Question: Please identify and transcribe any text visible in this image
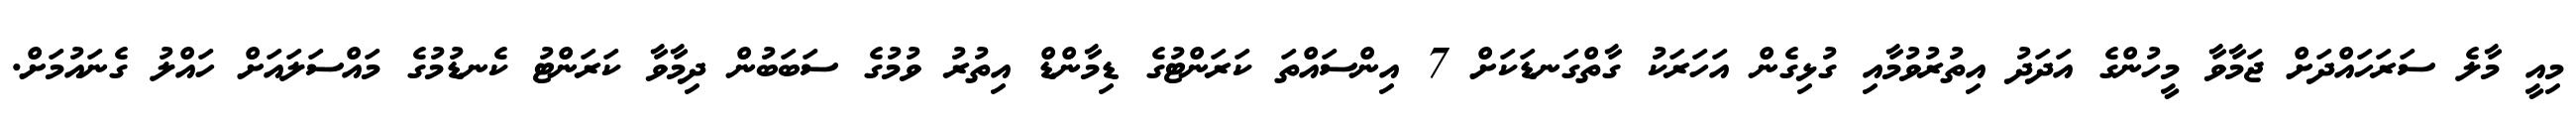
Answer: މިއީ މާލެ ސަރަހައްދަށް ޖަމާވާ މީހުންގެ އަދަދު އިތުރުވުމާއި ގުޅިގެން އަހަރަކު ގާތްގަނޑަކަށް 7 އިންސައްތަ ކަރަންޓުގެ ޑިމާންޑް އިތުރު ވުމުގެ ސަބަބުން ދިމާވާ ކަރަންޓު ކެނޑުމުގެ މައްސަލައަށް ހައްލު ގެނައުމަށް.